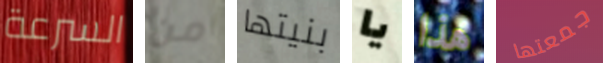
السرعة من بنيتها يا هذا جمعتها